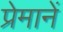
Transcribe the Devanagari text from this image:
प्रेमानें